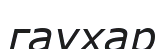
гаухар